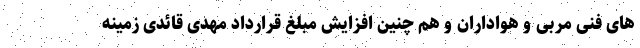
های فنی مربی و هواداران و هم چنین افزایش مبلغ قرارداد مهدی قائدی زمینه